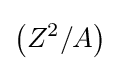
\left(Z^{2}/A\right)